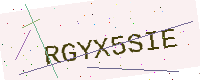
Text: RGYX5SIE